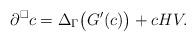
LaTeX: \begin{align*}\partial^\square c &= \Delta_\Gamma \big( G'(c) \big) + cHV.\end{align*}